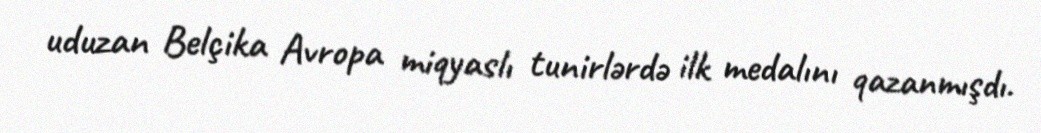
uduzan Belçika Avropa miqyaslı tunirlərdə ilk medalını qazanmışdı.